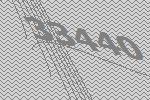
33440